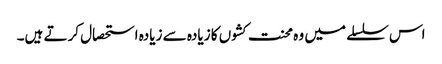
اس سلسلے میں وہ محنت کشوں کا زیادہ سے زیادہ استحصال کرتے ہیں۔